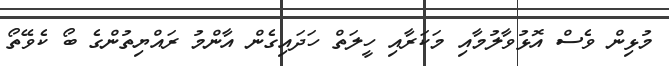
މުޅިން ވެސް އޮޅުވާލުމާއި މަކަރާއި ހީލަތް ހަދައިގެން އާންމު ރައްޔިތުންގެ ބޯ ކެވޭތޯ